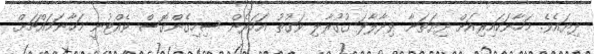
ދިޔައެވެ. މަހާނަކައިރިއަށް ދިޔަތަނާ ވިދާލާފަ ގުގުރާލި ވަގުތު އަހަރެން ސިހިގެންގޮސް ވެއްޓުނީ މަހާނަމައްޗަށް.